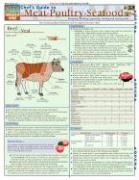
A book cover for Chef'S Guide To Meat-Poultry- Seafood (Quickstudy: Home); Inc. BarCharts; Cookbooks, Food & Wine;